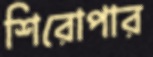
শিরোপার